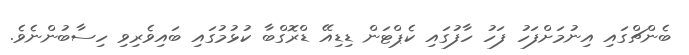
ބެންޗްގައި އިނުމަށްފަހު ފަހު ހާފުގައި ކެޕްޓަން ޑިޑިއޭ ޑްރޮގްބާ ކުޅުމުގައި ބައިވެރިވި ހިސާބުންނެވެ.